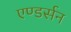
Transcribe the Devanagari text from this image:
एण्डर्सन